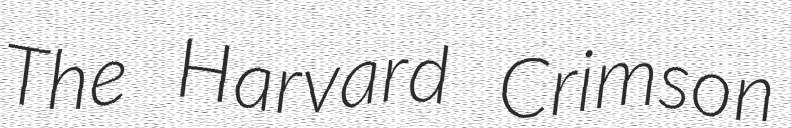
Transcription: The Harvard Crimson